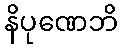
နိပုဏေဘိ